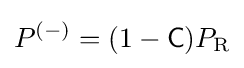
P^{(-)}=(1-{\mathsf {C}})P_{\text{R}}